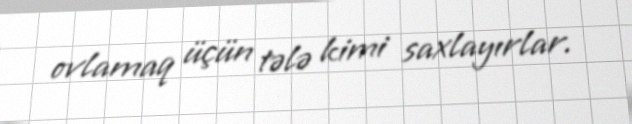
ovlamaq üçün tələ kimi saxlayırlar.